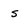
Character: s